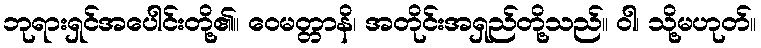
ဘုရားရှင်အပေါင်းတို့၏။ ဝေမတ္တာနိ၊ အတိုင်းအရှည်တို့သည်။ ဝါ၊ သို့မဟုတ်။